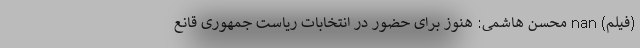
(فیلم) nan محسن هاشمی: هنوز برای حضور در انتخابات ریاست جمهوری قانع